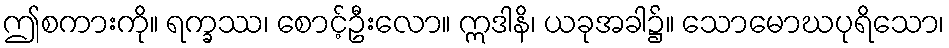
ဤစကားကို။ ရက္ခဿ၊ စောင့်ဦးလော။ ဣဒါနိ၊ ယခုအခါ၌။ သောမောဃပုရိသော၊